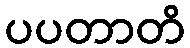
ပပတာတိ